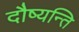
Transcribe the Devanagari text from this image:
दौष्यन्ति